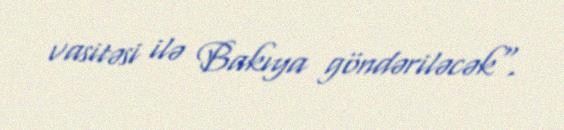
vasitəsi ilə Bakıya göndəriləcək".